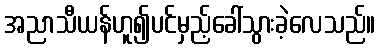
အညာသီယန်ဟူ၍ပင်မှည့်ခေါ်သွားခဲ့လေသည်။